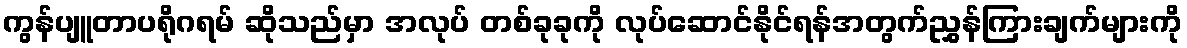
ကွန်ပျူတာပရိုဂရမ် ဆိုသည်မှာ အလုပ် တစ်ခုခုကို လုပ်ဆောင်နိုင်ရန်အတွက်ညွှန်ကြားချက်များကို